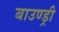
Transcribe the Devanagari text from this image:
बाउण्ड्री